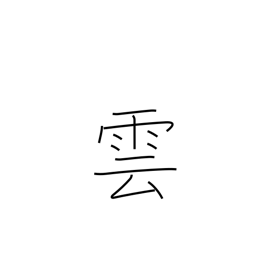
Meaning: cloud